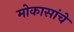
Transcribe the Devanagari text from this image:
मोकासांचे